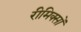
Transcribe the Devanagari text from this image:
रीमिक्सों